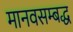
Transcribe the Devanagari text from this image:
मानवसम्बद्ध